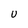
Character: U